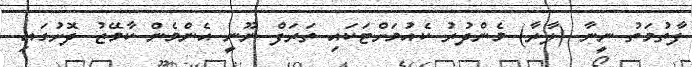
ފާތުމަތު ނީނާ (ލާރާ) މެންދުރު ކެއުމަށްޓަކައި ތަރަފް ނޫނީ އެންމެން ކާމޭޒު ދޮށުގައި